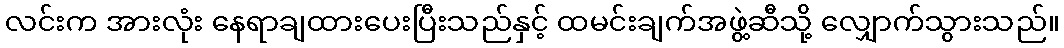
လင်းက အားလုံး နေရာချထားပေးပြီးသည်နှင့် ထမင်းချက်အဖွဲ့ဆီသို့ လျှောက်သွားသည်။